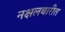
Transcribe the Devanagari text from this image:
नक्षलबारीत